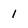
Character: 1